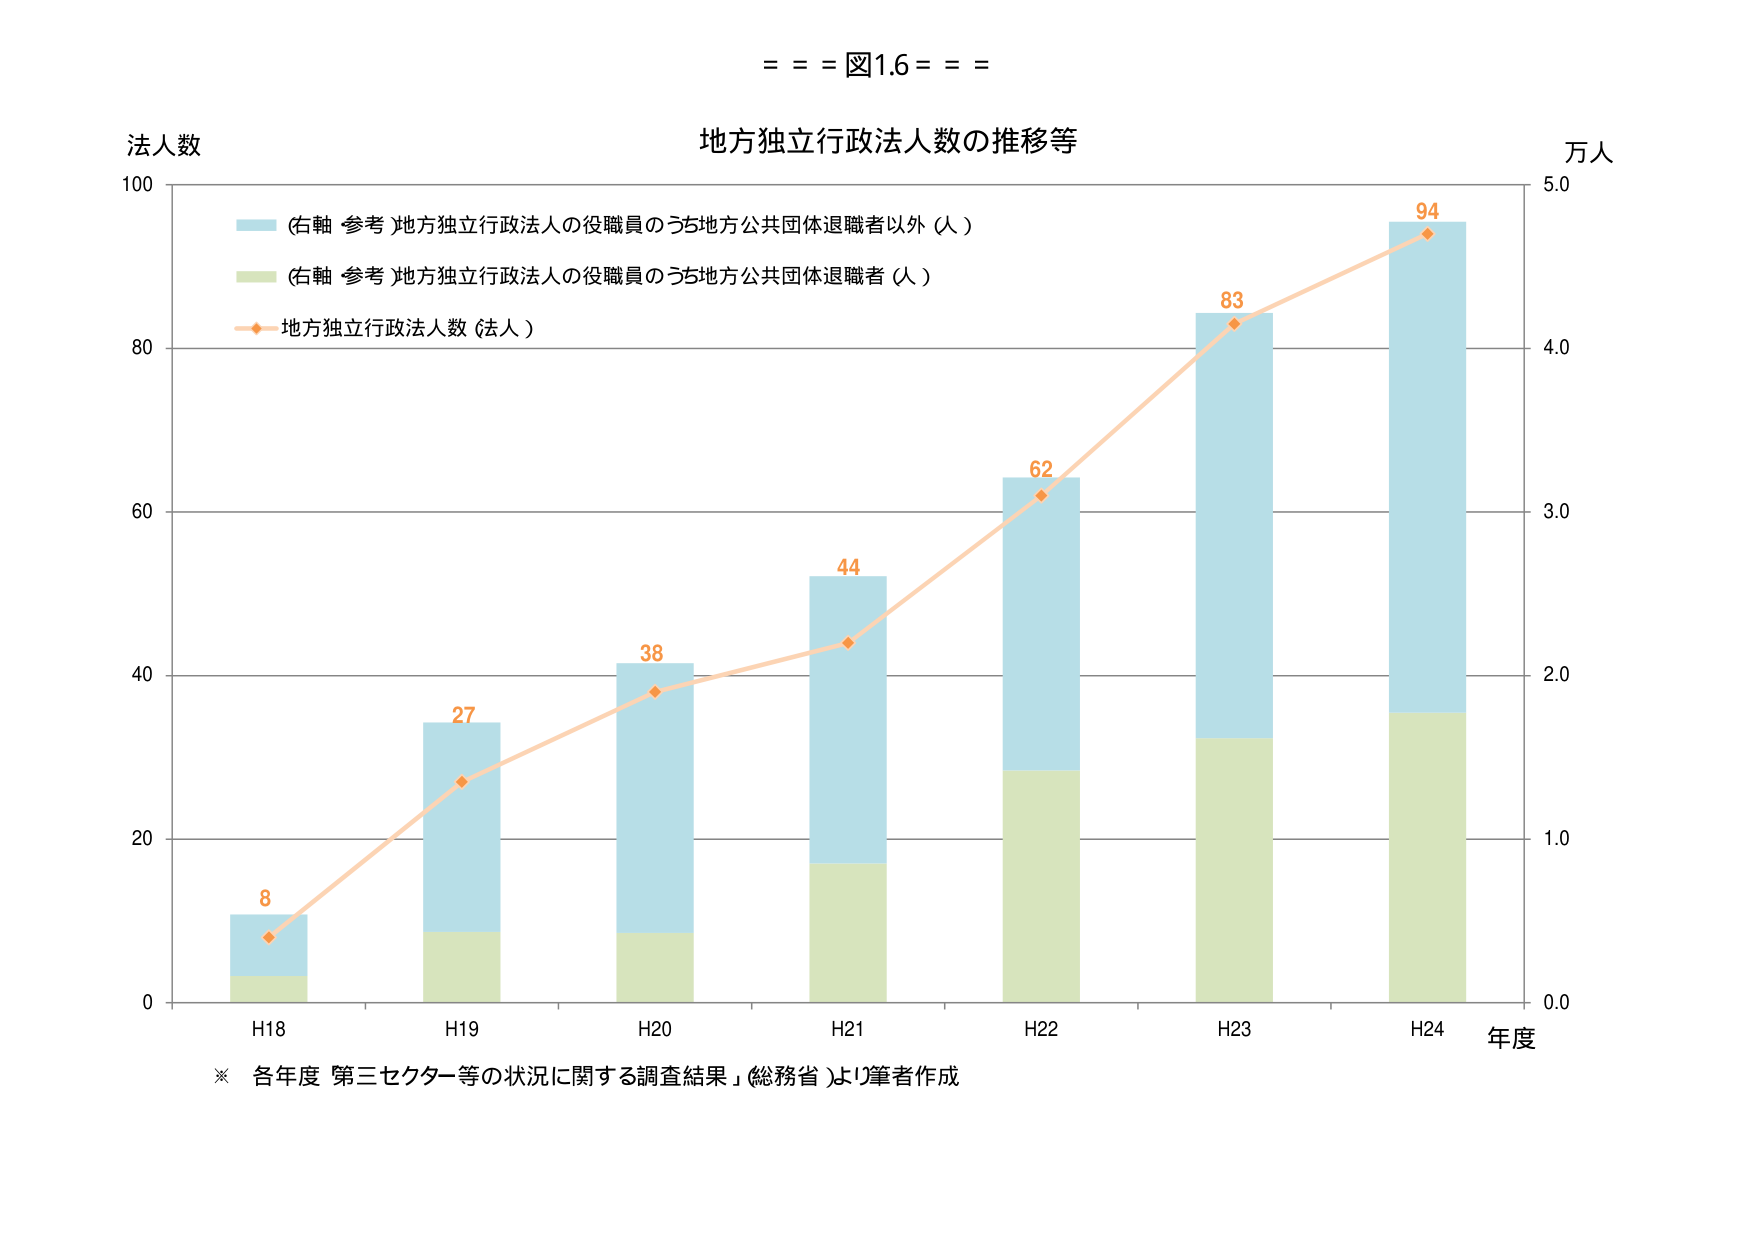
= = = 図1.6 = = =

地方独立行政法人数の推移等

法人数

万人

(右軸・参考)地方独立行政法人の役職員のうち地方公共団体退職者以外（人）

(右軸・参考)地方独立行政法人の役職員のうち地方公共団体退職者（人）

地方独立行政法人数（法人）

8
27
38
44
62
83
94

H18
H19
H20
H21
H22
H23
H24 年度

※ 各年度「第三セクター等の状況に関する調査結果」（総務省）より筆者作成